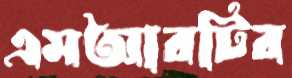
এমআরটির